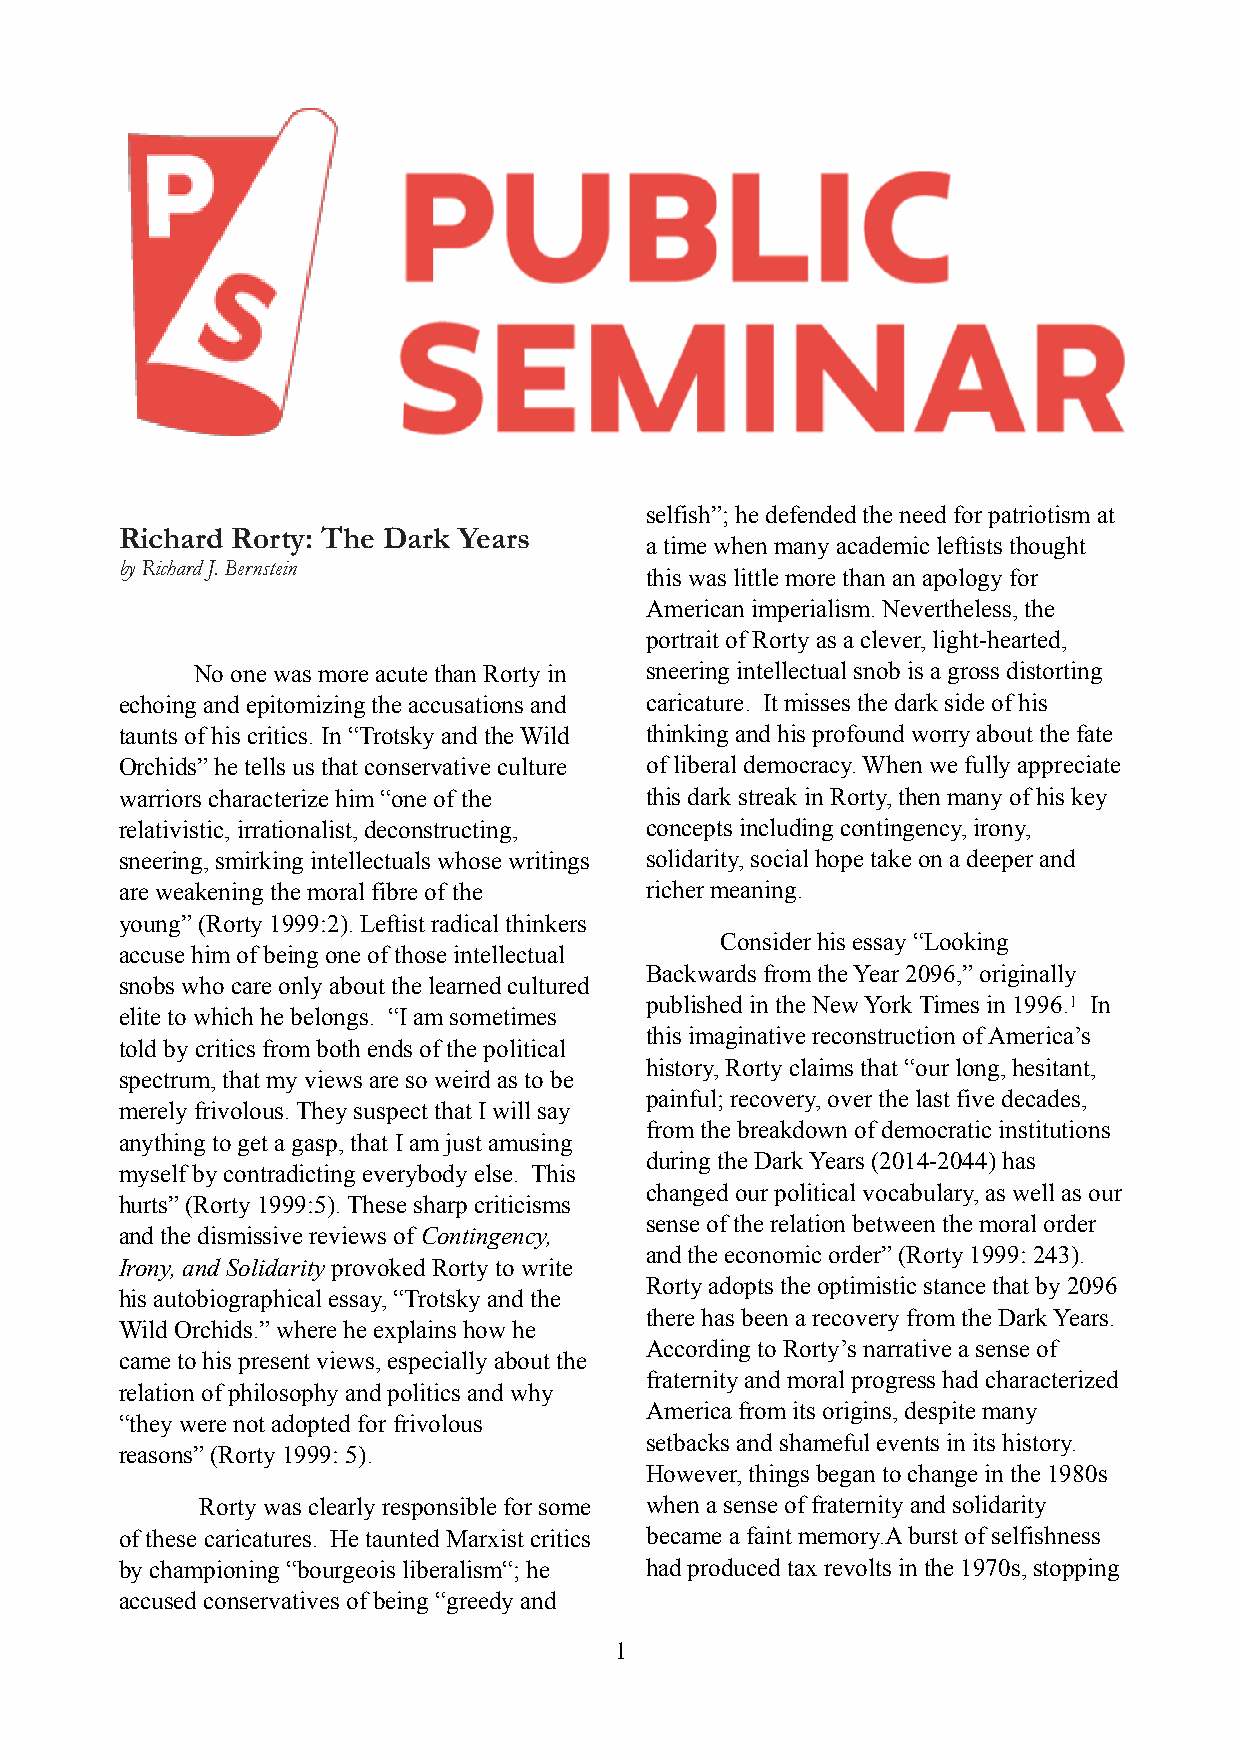
selfish”; he defended the need for patriotism at
 Richard Rorty: The Dark Years
 a time when many academic leftists thought
 by Richard J. Bernstein
 this was little more than an apology for
 American imperialism. Nevertheless, the
 portrait of Rorty as a clever, light-hearted,
 No one was more acute than Rorty in sneering intellectual snob is a gross distorting
 echoing and epitomizing the accusations and caricature. It misses the dark side of his
 taunts of his critics. In “Trotsky and the Wild thinking and his profound worry about the fate
 Orchids” he tells us that conservative culture of liberal democracy. When we fully appreciate
 warriors characterize him “one of the this dark streak in Rorty, then many of his key
 relativistic, irrationalist, deconstructing, concepts including contingency, irony,
 sneering, smirking intellectuals whose writings solidarity, social hope take on a deeper and
 are weakening the moral fibre of the richer meaning.
 young” (Rorty 1999:2). Leftist radical thinkers
 Consider his essay “Looking
 accuse him of being one of those intellectual
 Backwards from the Year 2096,” originally
 snobs who care only about the learned cultured
 published in the New York Times in 1996.1 In
 elite to which he belongs. “I am sometimes
 this imaginative reconstruction of America’s
 told by critics from both ends of the political
 history, Rorty claims that “our long, hesitant,
 spectrum, that my views are so weird as to be
 painful; recovery, over the last five decades,
 merely frivolous. They suspect that I will say
 from the breakdown of democratic institutions
 anything to get a gasp, that I am just amusing
 during the Dark Years (2014-2044) has
 myself by contradicting everybody else. This
 changed our political vocabulary, as well as our
 hurts” (Rorty 1999:5). These sharp criticisms
 sense of the relation between the moral order
 and the dismissive reviews of Contingency,
 and the economic order” (Rorty 1999: 243).
 Irony, and Solidarity provoked Rorty to write
 Rorty adopts the optimistic stance that by 2096
 his autobiographical essay, “Trotsky and the
 there has been a recovery from the Dark Years.
 Wild Orchids.” where he explains how he
 According to Rorty’s narrative a sense of
 came to his present views, especially about the
 fraternity and moral progress had characterized
 relation of philosophy and politics and why
 America from its origins, despite many
 “they were not adopted for frivolous
 setbacks and shameful events in its history.
 reasons” (Rorty 1999: 5).
 However, things began to change in the 1980s
 Rorty was clearly responsible for some when a sense of fraternity and solidarity
 of these caricatures. He taunted Marxist critics became a faint memory.A burst of selfishness
 by championing “bourgeois liberalism“; he had produced tax revolts in the 1970s, stopping
 accused conservatives of being “greedy and
 1